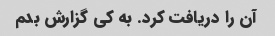
آن را دریافت کرد. به کی گزارش بدم